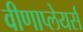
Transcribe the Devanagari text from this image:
वीणाप्लेयर्स